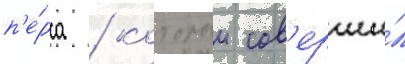
п'е́рса / которыи сов'ерши́л